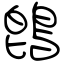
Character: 鵖